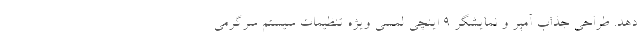
دهد. طراحی جذاب آمپر و نمایشگر 9 اینچی لمسی ویژه تنظیمات سیستم سرگرمی